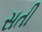
સતી